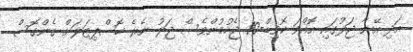
އަދި އޭނާ ޖަލުގައި އޮއްވަ ކޮވިޑް-19 ޖެހުމުންވެސް ޖަލު ނެރެ ހޮސްޕިޓަލަށް ގެންގޮސް